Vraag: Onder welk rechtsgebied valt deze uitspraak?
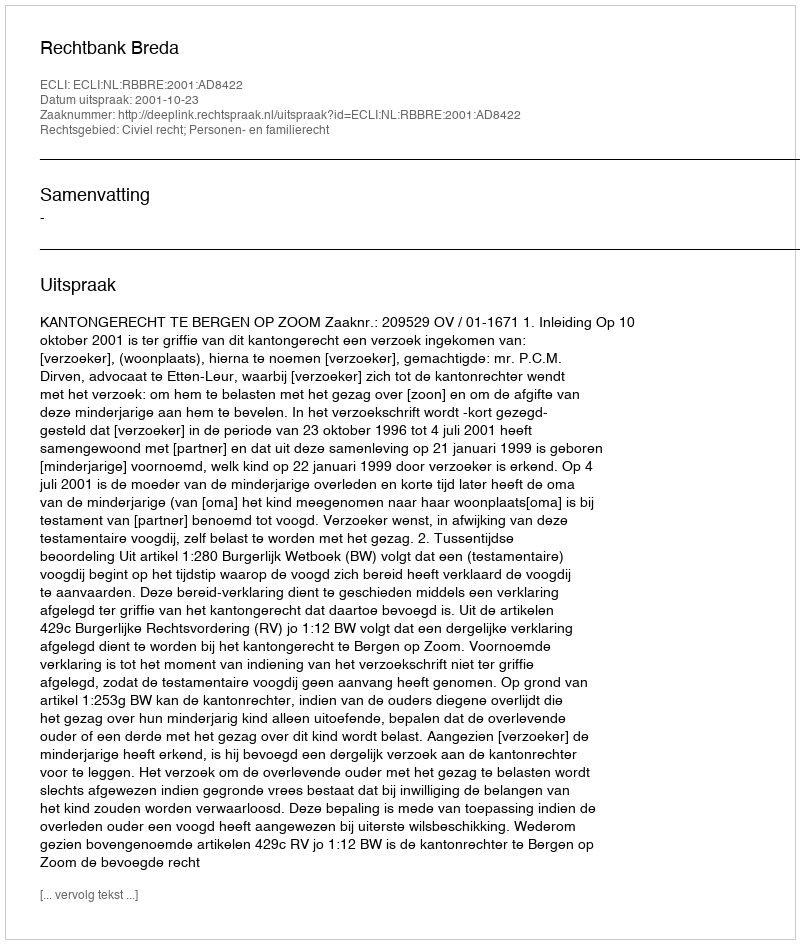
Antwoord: Civiel recht; Personen- en familierecht